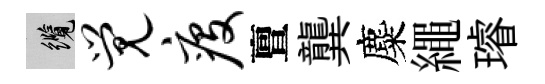
纜觉疫亶龔麋繩璿